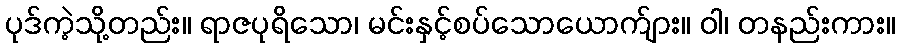
ပုဒ်ကဲ့သို့တည်း။ ရာဇပုရိသော၊ မင်းနှင့်စပ်သောယောက်ျား။ ဝါ၊ တနည်းကား။